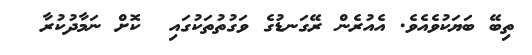
ތިބޭ ބަޔަކުވެއެވެ. އެއުރެން ރޭގަނޑުގެ ވަގުތުތަކުގައި  ކޮށް ނަމާދުކުރާ